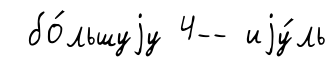
бо́льшуjу 4-- иjу́ль